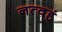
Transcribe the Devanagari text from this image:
नत्वहं